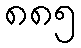
၈၈၅